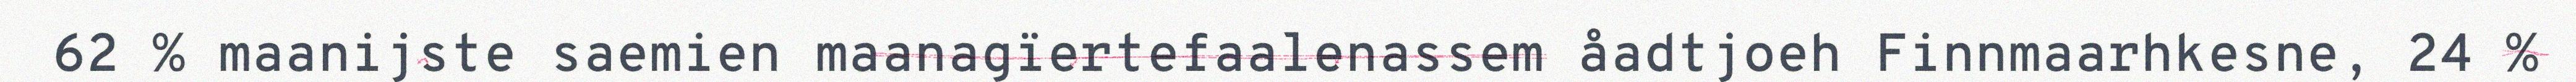
62 % maanijste saemien maanagïertefaalenassem åadtjoeh Finnmaarhkesne, 24 %